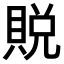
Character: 𫎙